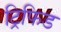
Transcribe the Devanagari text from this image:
ट्रिफिड